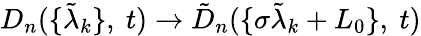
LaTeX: D_{n}(\{ \tilde{\lambda}_{k}\} ,\ t)\rightarrow\tilde{D}_{n}(\{ \sigma\tilde{\lambda}_{k}+L_{0}\} ,\ t)